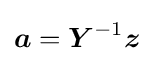
{\boldsymbol {a}}={\boldsymbol {Y}}^{-1}{\boldsymbol {z}}